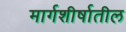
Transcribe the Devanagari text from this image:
मार्गशीर्षातील